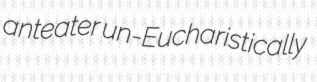
anteater un-Eucharistically